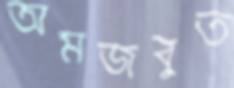
অমজবুত